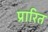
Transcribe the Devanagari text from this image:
प्रारित